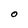
Character: O